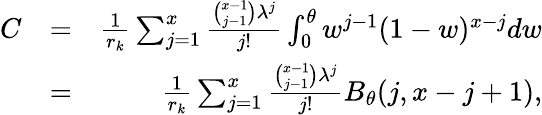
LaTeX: \begin{array}{rlr}{C}&{=}&{\frac{1}{r_{k}}\sum_{j=1}^{x}\frac{\binom{x-1}{j-1}\lambda^{j}}{j!}\int_{0}^{\theta}w^{j-1}(1-w)^{x-j}dw}\\ &{=}&{\frac{1}{r_{k}}\sum_{j=1}^{x}\frac{\binom{x-1}{j-1}\lambda^{j}}{j!}B_{\theta}(j,x-j+1),}\end{array}